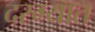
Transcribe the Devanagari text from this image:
दरग्यात